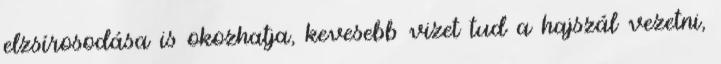
elzsírosodása is okozhatja, kevesebb vizet tud a hajszál vezetni,